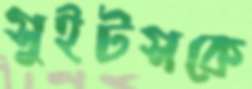
সুইটসকে